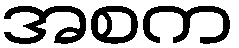
အစက